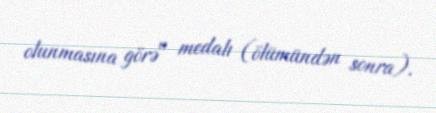
olunmasına görə" medalı (ölümündən sonra).